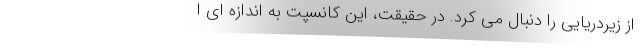
از زیردریایی را دنبال می کرد. در حقیقت، این کانسپت به اندازه ای ا